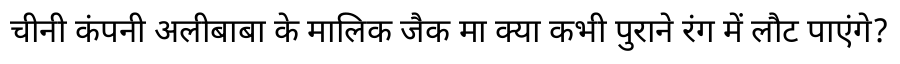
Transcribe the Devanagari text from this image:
चीनी कंपनी अलीबाबा के मालिक जैक मा क्या कभी पुराने रंग में लौट पाएंगे?